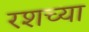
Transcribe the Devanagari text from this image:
रशच्या